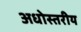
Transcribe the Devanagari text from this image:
अधोस्तरीय